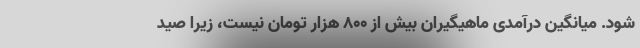
شود. میانگینِ درآمدی ماهیگیران بیش از ۸۰۰ هزار تومان نیست، زیرا صید